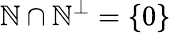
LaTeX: \mathbb{N}\cap\mathbb{N}^{\perp}=\{ 0\}